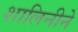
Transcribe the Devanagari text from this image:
शालिनीने